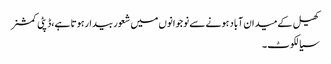
کھیل کے میدان آباد ہونے سے نوجوانوں میں شعور بیدارہوتا ہے،ڈپٹی کمشنر
سیالکوٹ ۔